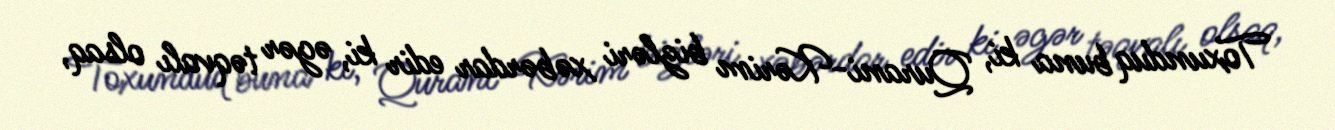
Toxunduq buna ki, Qurani-Kərim bizləri xəbərdar edir ki, əgər təqvalı olsaq,